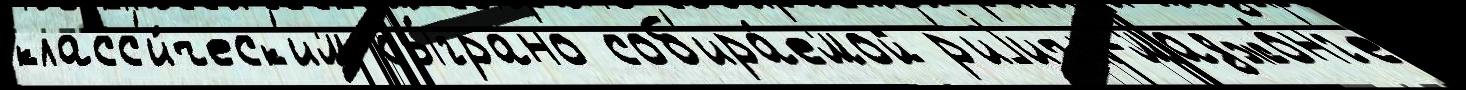
класс'и́ческ'им сы́грано соб'ира́емой р'иjичи-маджо́нг'е